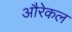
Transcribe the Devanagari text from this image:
औरेकल